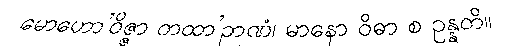
မောဟော’ဝိဇ္ဇာ တထာ’ဉာဏံ၊ မာနော ဝိဓာ စ ဥန္နတိ။